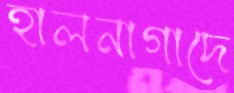
হালনাগাদে